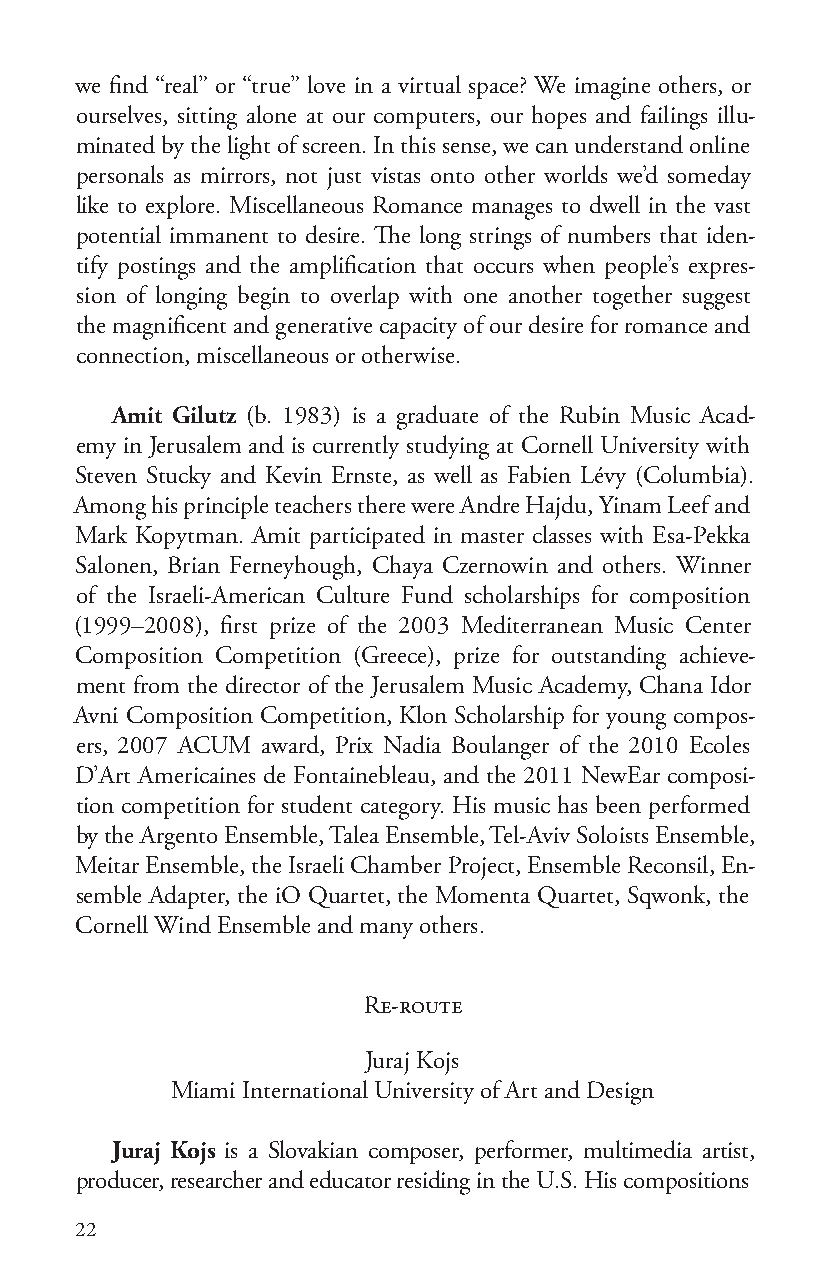
we find “real” or “true” love in a virtual space? We imagine others, or
 ourselves, sitting alone at our computers, our hopes and failings illu-
 minated by the light of screen. In this sense, we can understand online
 personals as mirrors, not just vistas onto other worlds we’d someday
 like to explore. Miscellaneous Romance manages to dwell in the vast
 potential immanent to desire. The long strings of numbers that iden-
 tify postings and the amplification that occurs when people’s expres-
 sion of longing begin to overlap with one another together suggest
 the magnificent and generative capacity of our desire for romance and
 connection, miscellaneous or otherwise.
 Amit Gilutz (b. 1983) is a graduate of the Rubin Music Acad-
 emy in Jerusalem and is currently studying at Cornell University with
 Steven Stucky and Kevin Ernste, as well as Fabien Lévy (Columbia).
 Among his principle teachers there were Andre Hajdu, Yinam Leef and
 Mark Kopytman. Amit participated in master classes with Esa-Pekka
 Salonen, Brian Ferneyhough, Chaya Czernowin and others. Winner
 of the Israeli-American Culture Fund scholarships for composition
 (1999–2008), first prize of the 2003 Mediterranean Music Center
 Composition Competition (Greece), prize for outstanding achieve-
 ment from the director of the Jerusalem Music Academy, Chana Idor
 Avni Composition Competition, Klon Scholarship for young compos-
 ers, 2007 ACUM award, Prix Nadia Boulanger of the 2010 Ecoles
 D’Art Americaines de Fontainebleau, and the 2011 NewEar composi-
 tion competition for student category. His music has been performed
 by the Argento Ensemble, Talea Ensemble, Tel-Aviv Soloists Ensemble,
 Meitar Ensemble, the Israeli Chamber Project, Ensemble Reconsil, En-
 semble Adapter, the iO Quartet, the Momenta Quartet, Sqwonk, the
 Cornell Wind Ensemble and many others.
 Re-route
 Juraj Kojs
 Miami International University of Art and Design
 Juraj Kojs is a Slovakian composer, performer, multimedia artist,
 producer, researcher and educator residing in the U.S. His compositions
 22